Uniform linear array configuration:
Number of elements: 32
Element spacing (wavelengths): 1
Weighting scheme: hamming
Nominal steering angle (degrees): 30
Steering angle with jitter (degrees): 29.054
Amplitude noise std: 0.05
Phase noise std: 0.05

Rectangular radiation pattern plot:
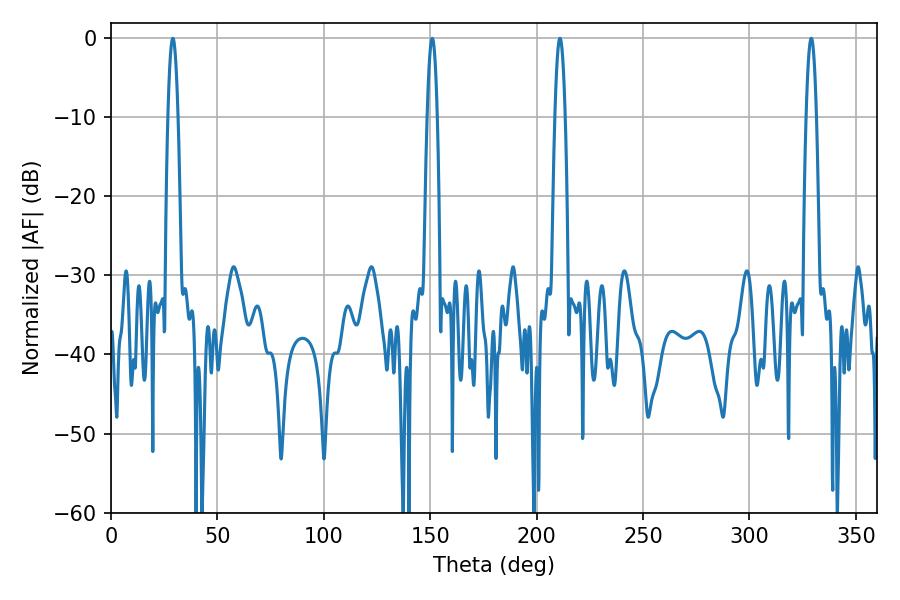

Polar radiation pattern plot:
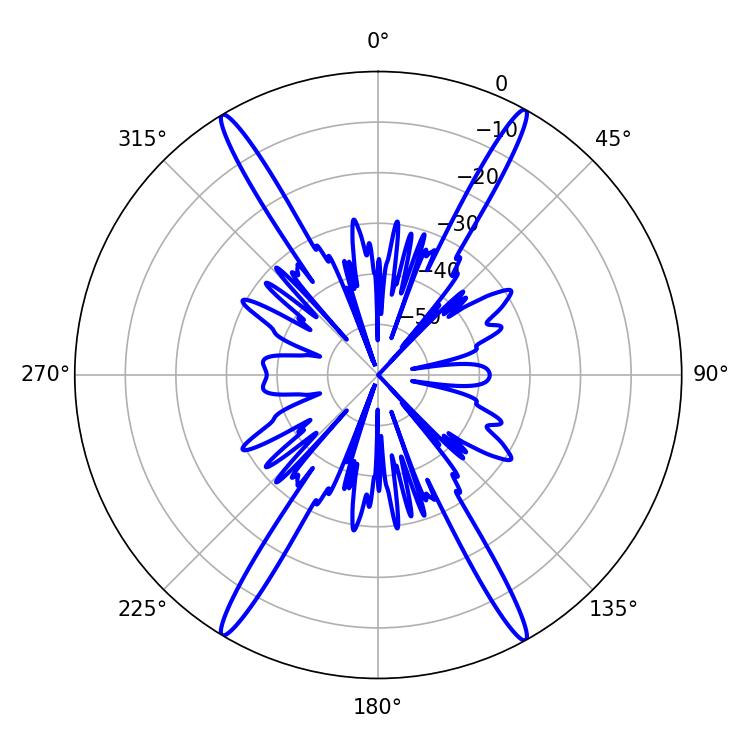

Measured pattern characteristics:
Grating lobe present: TRUE
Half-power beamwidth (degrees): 2.52
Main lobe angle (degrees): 210.96